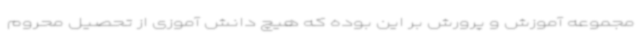
مجموعه آموزش و پرورش بر این بوده که هیچ دانش آموزی از تحصیل محروم